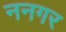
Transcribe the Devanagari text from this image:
ननगर